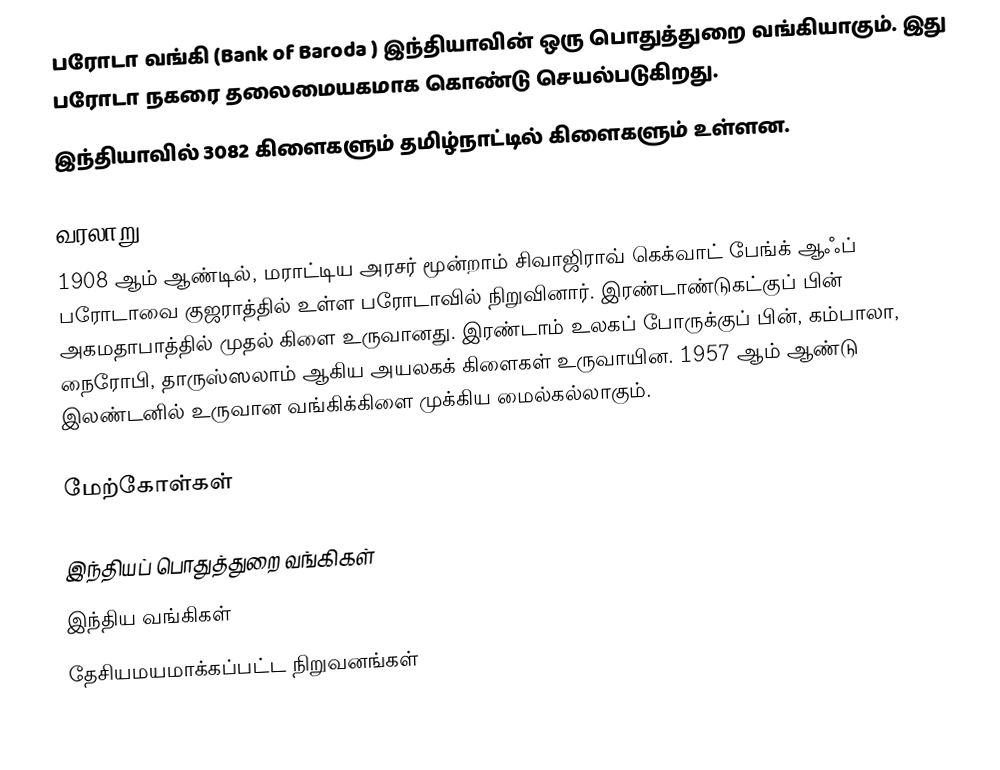
பரோடா வங்கி (Bank of Baroda ) இந்தியாவின்  ஒரு  பொதுத்துறை வங்கியாகும். இது பரோடா நகரை தலைமையகமாக கொண்டு செயல்படுகிறது.
இந்தியாவில் 3082 கிளைகளும் தமிழ்நாட்டில்  கிளைகளும் உள்ளன.

வரலாறு
1908 ஆம் ஆண்டில், மராட்டிய அரசர் மூன்றாம் சிவாஜிராவ் கெக்வாட் பேங்க் ஆஃப் பரோடாவை குஜராத்தில் உள்ள பரோடாவில் நிறுவினார். இரண்டாண்டுகட்குப் பின் அகமதாபாத்தில் முதல் கிளை உருவானது. இரண்டாம் உலகப் போருக்குப் பின், கம்பாலா, நைரோபி, தாருஸ்ஸலாம் ஆகிய அயலகக் கிளைகள் உருவாயின. 1957 ஆம் ஆண்டு இலண்டனில் உருவான வங்கிக்கிளை முக்கிய மைல்கல்லாகும்.

மேற்கோள்கள்

இந்தியப் பொதுத்துறை வங்கிகள்
இந்திய வங்கிகள்
தேசியமயமாக்கப்பட்ட நிறுவனங்கள்